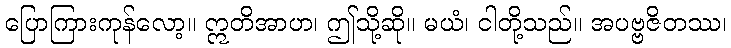
ပြောကြားကုန်လော့။ ဣတိအာဟ၊ ဤသို့ဆို။ မယံ၊ ငါတို့သည်။ အပဗ္ဗဇိတဿ၊